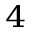
_ 4